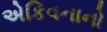
એકિવનાનો